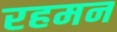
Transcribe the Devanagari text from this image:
रहमन